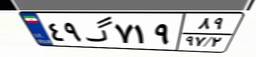
۴۹گ۷۱۹۸۹